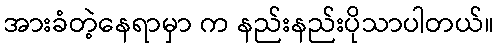
အားခံတဲ့နေရာမှာ က နည်းနည်းပိုသာပါတယ်။